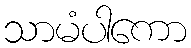
သာမံပါကော